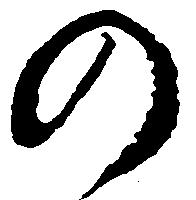
の